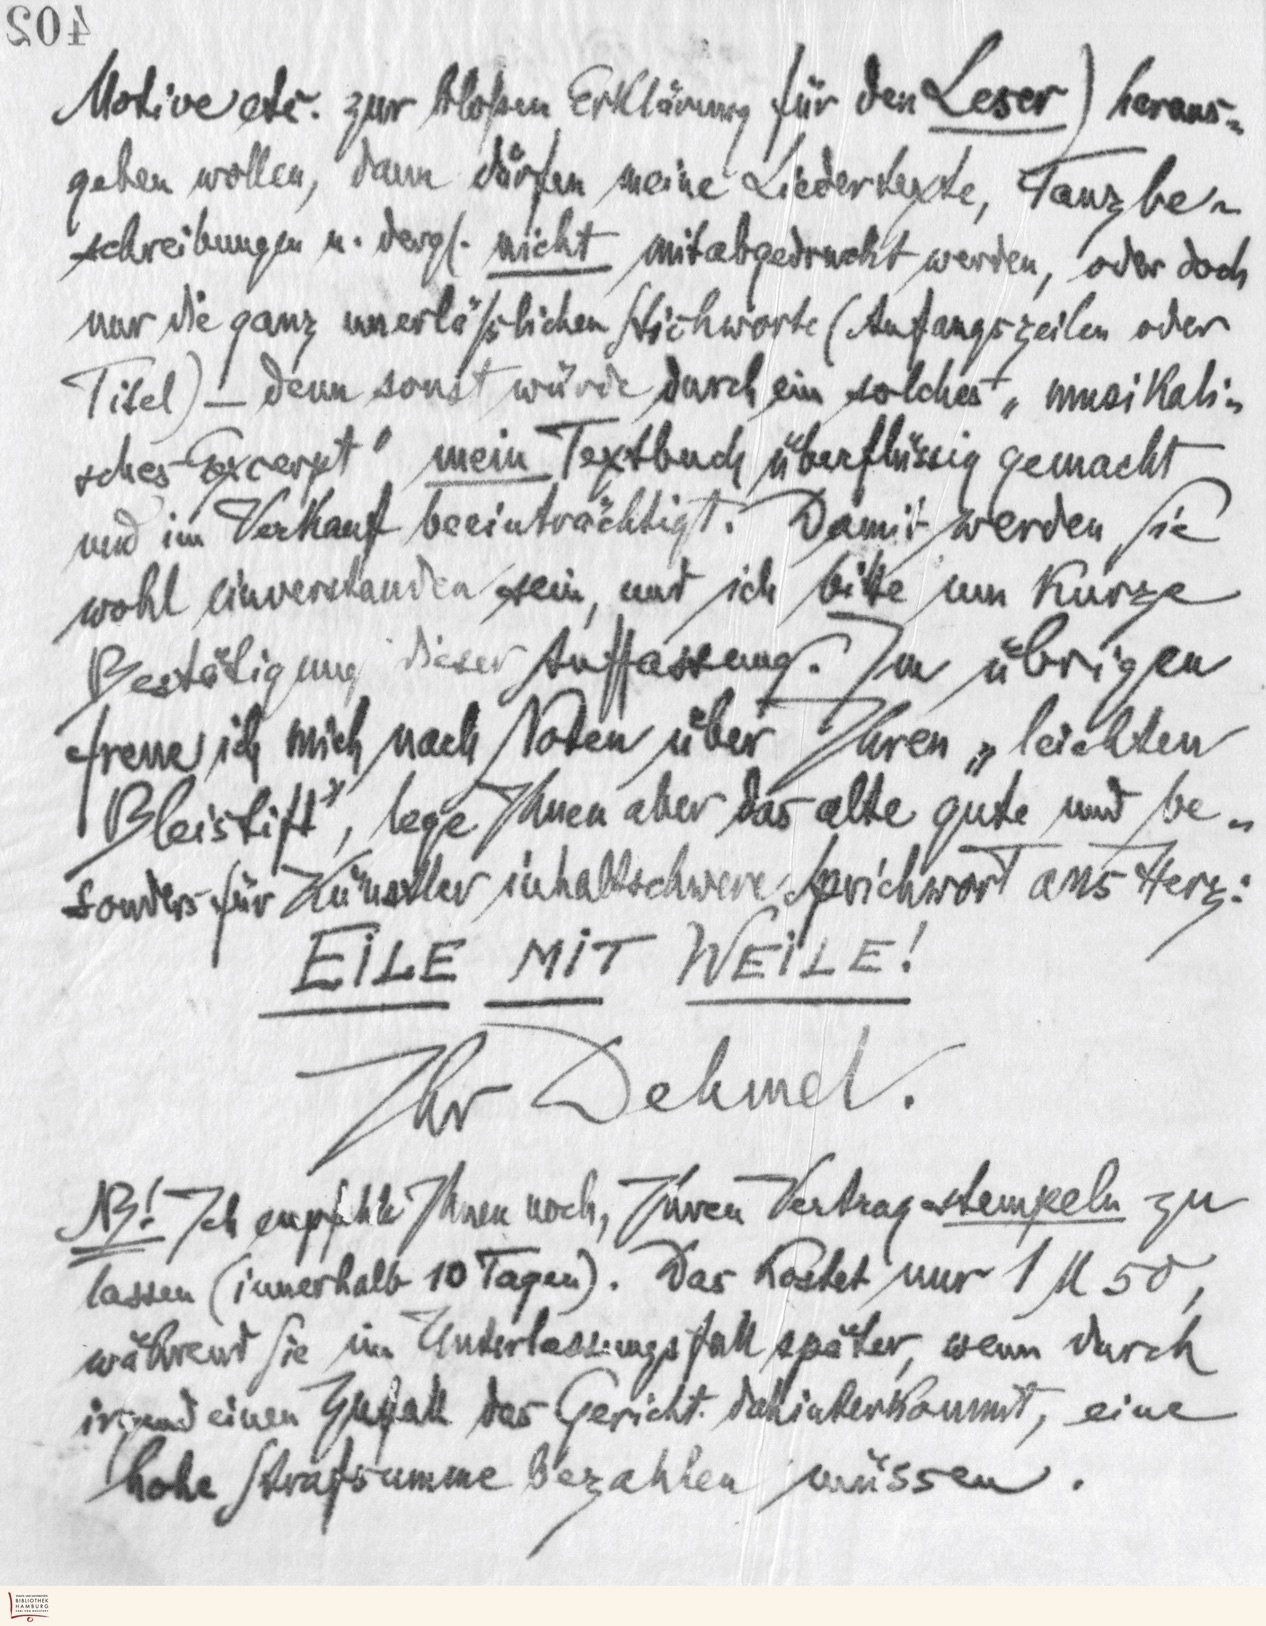
402
Motive etc. zur bloßen Erklärung für den Leser) heraus-
geben wollen, dann dürfen meine Liedertexte, Tanzbe-
schreibungen u. dergl. nicht mitabgedruckt werden, oder doch
nur die ganz unerläßlichen Stichworte (Anfangszeilen oder
Titel) - denn sonst würde durch ein solches "musikali-
sches Excerpt" mein Textbuch überflüssig gemacht
und im Verkauf beeinträchtigt. Damit werden Sie
wohl einverstanden sein, und ich bitte um kurze
Bestätigung dieser Auffassung. Im übrigen
freue ich mich nach Noten über Ihren "leichten
Bleistift", lege Ihnen aber das alte gute und be-
sonders für Künstler inhaltschwere Sprichwort ans Herz:
EILE MIT WEILE!
Ihr Dehmel.
AZ! Ich empfehle Ihnen noch, Ihren Vertrag stempeln zu
lassen (innerhalb 10 Tagen). Das kostet nur 1M 50,
während Sie im Unterlassungsfall später, wenn durch
irgendeinen Zufall das Gericht dahinterkommt, eine
hohe Strafsumme bezahlen müssen.